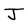
Character: J